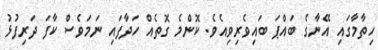
ހިތާމާގައި އޭނާގެ ބައްޕަ ބައިވެރިވިއެވެ. ކޮންމެ ގޮތެއް ހަދާފައި ނަމަވެސް ކާފަ ދަރިފުޅު